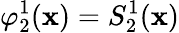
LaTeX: \varphi_{2}^{1}(\mathbf{x})=S_{2}^{1}(\mathbf{x})